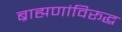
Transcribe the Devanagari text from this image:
ब्राह्मणांविरूद्ध